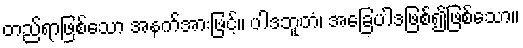
တည်ရာဖြစ်သော အနက်အားဖြင့်။ ပါဒဘူတံ၊ အခြေပါဒဖြစ်၍ဖြစ်သော။